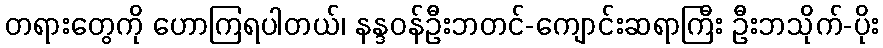
တရားတွေကို ဟောကြရပါတယ်၊ နန္ဒဝန်ဦးဘတင်-ကျောင်းဆရာကြီး ဦးဘသိုက်-ပိုး